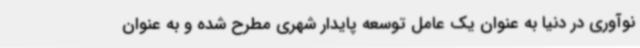
نوآوری در دنیا به عنوان یک عامل توسعه پایدار شهری مطرح شده و به عنوان